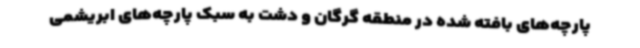
پارچه‌های بافته شده در منطقه گرگان و دشت به سبک پارچه‌های ابریشمی